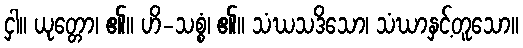
ငှါ။ ယုတ္တော၊ ၏။ ဟိ-သစ္စံ၊ ၏။ သံဃသဒိသော၊ သံဃာနှင့်တူသော။